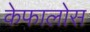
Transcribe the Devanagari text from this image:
केफालोस